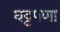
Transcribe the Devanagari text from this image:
घट्टपणा